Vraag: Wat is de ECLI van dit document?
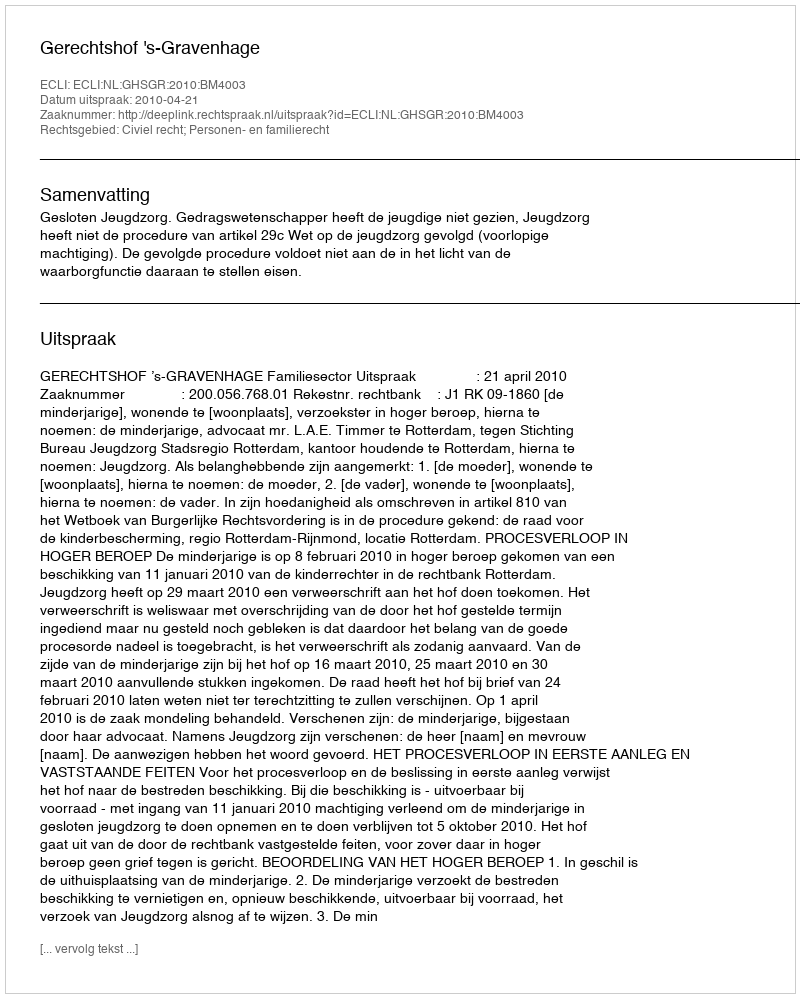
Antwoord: ECLI:NL:GHSGR:2010:BM4003